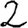
Digit: 2